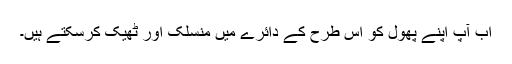
اب آپ اپنے پھول کو اس طرح کے دائرے میں منسلک اور ٹھیک کرسکتے ہیں۔